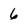
Character: 6